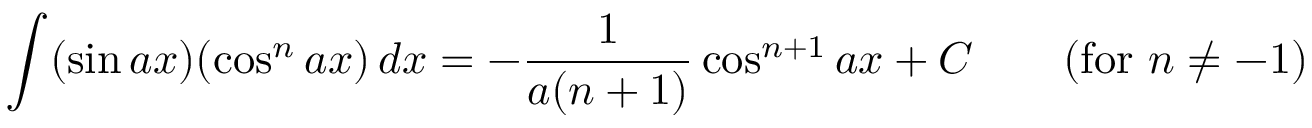
\int ( \sin a x ) ( \cos ^ { n } a x ) \, d x = - { \frac { 1 } { a ( n + 1 ) } } \cos ^ { n + 1 } a x + C \qquad { \mathrm { ( f o r ~ } } n \neq - 1 { \mathrm { ) } }